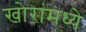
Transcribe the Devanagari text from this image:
खोरांमध्ये